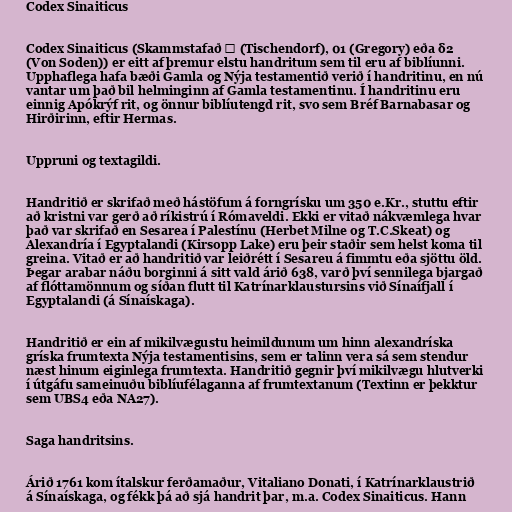
Codex Sinaiticus

Codex Sinaiticus (Skammstafað א (Tischendorf), 01 (Gregory) eða δ2
(Von Soden)) er eitt af þremur elstu handritum sem til eru af biblíunni.
Upphaflega hafa bæði Gamla og Nýja testamentið verið í handritinu, en nú
vantar um það bil helminginn af Gamla testamentinu. Í handritinu eru
einnig Apókrýf rit, og önnur biblíutengd rit, svo sem Bréf Barnabasar og
Hirðirinn, eftir Hermas.

Uppruni og textagildi.

Handritið er skrifað með hástöfum á forngrísku um 350 e.Kr., stuttu eftir
að kristni var gerð að ríkistrú í Rómaveldi. Ekki er vitað nákvæmlega hvar
það var skrifað en Sesarea í Palestínu (Herbet Milne og T.C.Skeat) og
Alexandría í Egyptalandi (Kirsopp Lake) eru þeir staðir sem helst koma til
greina. Vitað er að handritið var leiðrétt í Sesareu á fimmtu eða sjöttu öld.
Þegar arabar náðu borginni á sitt vald árið 638, varð því sennilega bjargað
af flóttamönnum og síðan flutt til Katrínarklaustursins við Sínaífjall í
Egyptalandi (á Sínaískaga).

Handritið er ein af mikilvægustu heimildunum um hinn alexandríska
gríska frumtexta Nýja testamentisins, sem er talinn vera sá sem stendur
næst hinum eiginlega frumtexta. Handritið gegnir því mikilvægu hlutverki
í útgáfu sameinuðu biblíufélaganna af frumtextanum (Textinn er þekktur
sem UBS4 eða NA27).

Saga handritsins.

Árið 1761 kom ítalskur ferðamaður, Vitaliano Donati, í Katrínarklaustrið
á Sínaískaga, og fékk þá að sjá handrit þar, m.a. Codex Sinaiticus. Hann